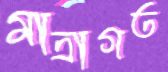
মাত্রাগত